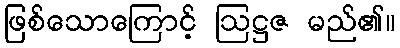
ဖြစ်သောကြောင့် ဩဋ္ဌဇ မည်၏။